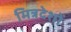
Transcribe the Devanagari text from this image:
मित्रदेशों